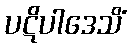
ပဋိပါဒေသိံ